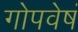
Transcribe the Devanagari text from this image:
गोपवेषं